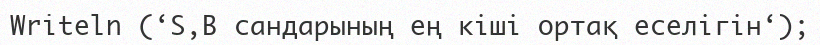
Writeln (‘S,B сандарының ең кіші ортақ еселігін‘);